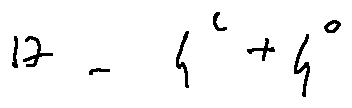
1 7 - 4 ^ { 2 } + 4 ^ { 0 }